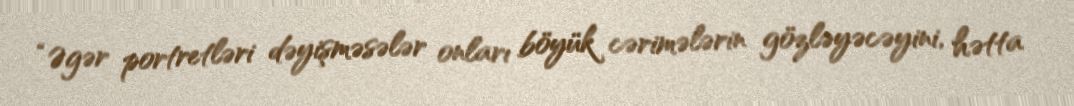
“Əgər portretləri dəyişməsələr onları böyük cərimələrin gözləyəcəyini, hətta